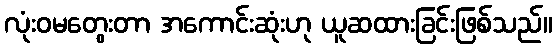
လုံးဝမတွေးတာ အကောင်းဆုံးဟု ယူဆထားခြင်းဖြစ်သည်။